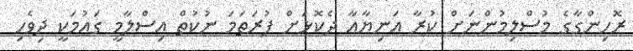
ރޮހިންގާގެ މުސްލިމުންނަށް ކުރާ އަނިޔާއާ ދެކޮޅަށް ފުރަތަމަ ނުކުތް އިސްލާމީ ގައުމަކީ ދިވެހި